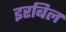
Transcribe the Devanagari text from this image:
इरबिल